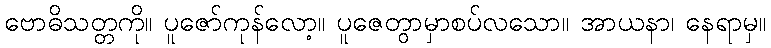
ဗောဓိသတ္တကို။ ပူဇော်ကုန်လော့။ ပူဇေတွာမှာစပ်လသော။ အာယနာ၊ နေရာမှ။